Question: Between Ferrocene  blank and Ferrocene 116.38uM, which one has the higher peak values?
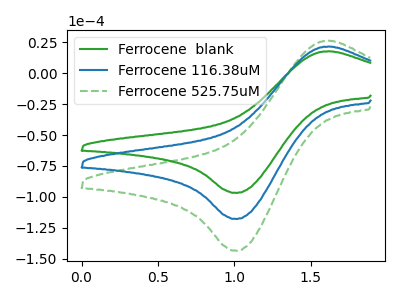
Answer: <think>The green curve "Ferrocene  blank" has an anodic peak at (1.60V, 17.65uA) and a cathodic peak at (1.00V, -96.75uA). The blue curve "Ferrocene 116.38uM" has an anodic peak at (1.60V, 21.45uA) and a cathodic peak at (1.00V, -117.80uA). The green dashed curve "Ferrocene 525.75uM" has an anodic peak at (1.60V, 42.95uA) and a cathodic peak at (1.00V, -235.55uA).</think>
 <answer>Every peak in "Ferrocene  blank" is lower than every peak in "Ferrocene 116.38uM".</answer>
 <eval>lower</eval>